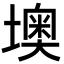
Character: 墺